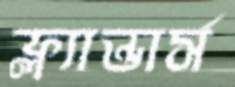
ফ্ল্যান্ডার্স